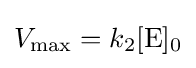
V_{\max }=k_{2}[{\ce {E}}]_{0}